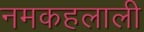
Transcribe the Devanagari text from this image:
नमकहलाली